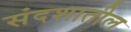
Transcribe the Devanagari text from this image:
संदशातील